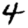
Digit: 4